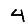
Digit: 4